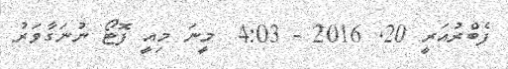
ފެބްރުއަރީ 20